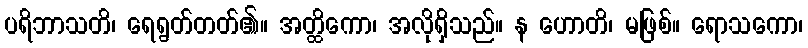
ပရိဘာသတိ၊ ရေရွတ်တတ်၏။ အတ္ထိကော၊ အလိုရှိသည်။ န ဟောတိ၊ မဖြစ်။ ရောသကော၊